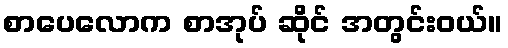
စာပေလောက စာအုပ် ဆိုင် အတွင်းဝယ်။